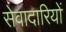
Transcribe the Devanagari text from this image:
सेवादारियों